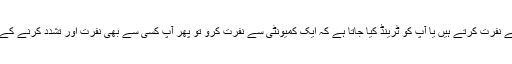
جب آپ ایک کمیونٹی سے نفرت کرتے ہیں یا آپ کو ٹرینڈ کیا جاتا ہے کہ ایک کمیونٹی سے نفرت کرو تو پھر آپ کسی سے بھی نفرت اور تشدد کرنے کے لئے ٹرینڈ ہو جاتے ہیں۔